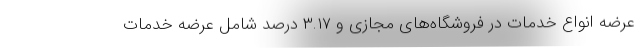
عرضه انواع خدمات در فروشگاه‌های مجازی و ۳.۱۷ درصد شامل عرضه خدمات